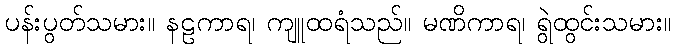
ပန်းပွတ်သမား။ နဠကာရ၊ ကျူထရံသည်။ မဏိကာရ၊ ရွဲထွင်းသမား။